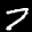
Label: 7